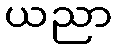
ယညာ